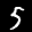
Label: 5